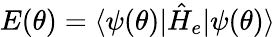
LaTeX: E(\theta)=\langle\psi(\theta)|\hat{H}_{e}|\psi(\theta)\rangle